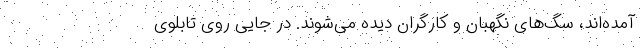
آمده‌اند، سگ‌های نگهبان و کارگران دیده می‌شوند. در جایی روی تابلوی